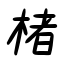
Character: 楮